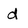
Character: d